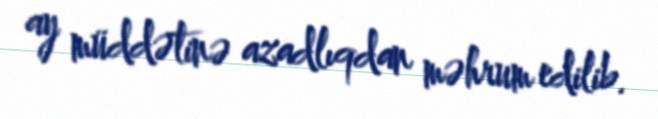
ay müddətinə azadlıqdan məhrum edilib.